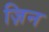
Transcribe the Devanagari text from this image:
ज़िन